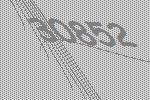
30852